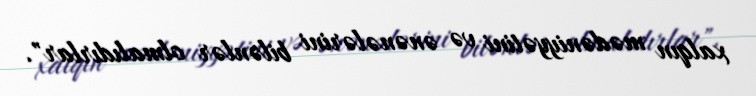
xalqın mədəniyyətini və ənənələrini bilənlər olmalıdırlar".